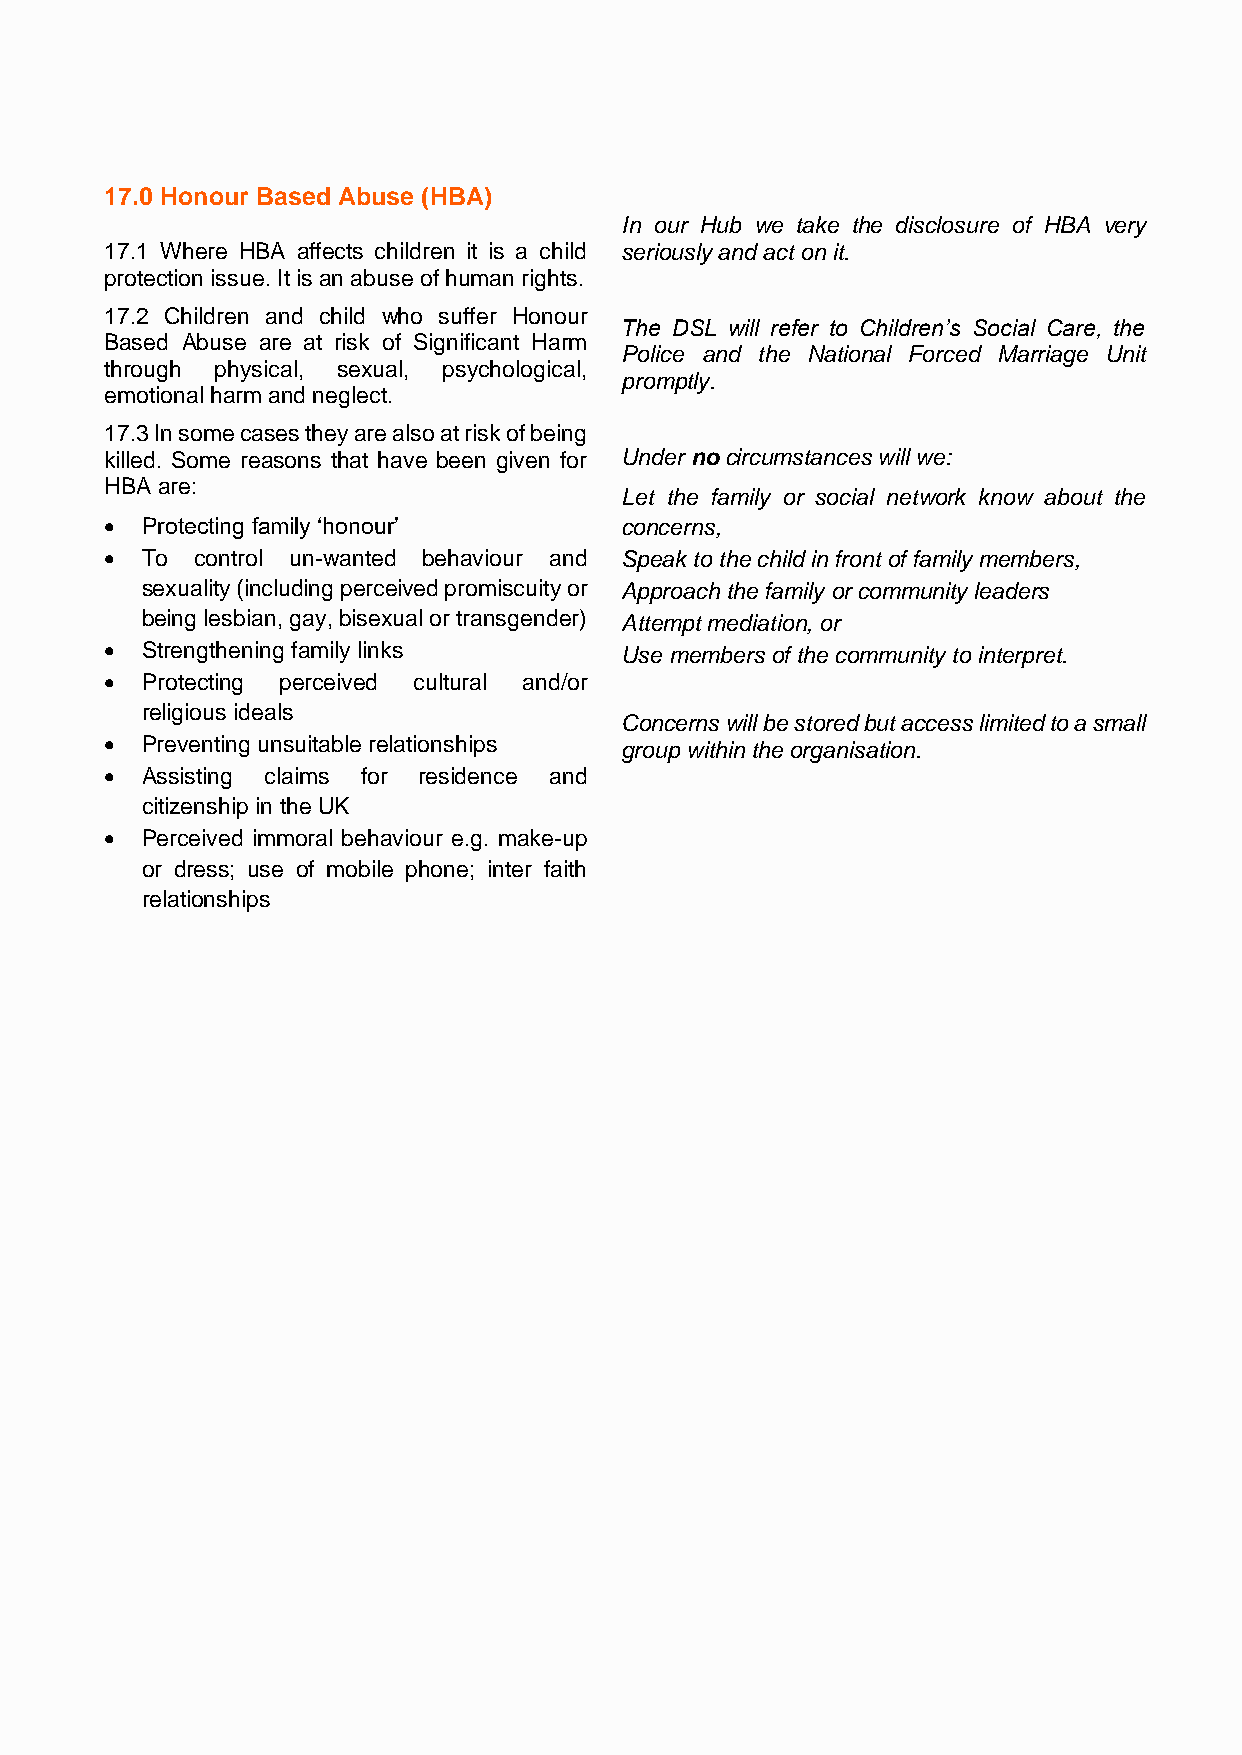
17.0 Honour Based Abuse (HBA)
 In our Hub we take the disclosure of HBA very
 17.1 Where HBA affects children it is a child seriously and act on it.
 protection issue. It is an abuse of human rights.
 17.2 Children and child who suffer Honour
 The DSL will refer to Children’s Social Care, the
 Based Abuse are at risk of Significant Harm
 Police and the National Forced Marriage Unit
 through physical, sexual, psychological,
 promptly.
 emotional harm and neglect.
 17.3 In some cases they are also at risk of being
 killed. Some reasons that have been given for Under no circumstances will we:
 HBA are:
 • Let the family or social network know about the
 • Protecting family ‘honour’      concerns,
 • To  control un-wanted behaviour and• Speak to the child in front of family members,
 sexuality (including perceived promiscuity or• Approach the family or community leaders
 being lesbian, gay, bisexual or transgender)• Attempt mediation, or
 • Strengthening family links    • Use members of the community to interpret.
 • Protecting perceived cultural and/or
 religious ideals
 Concerns will be stored but access limited to a small
 • Preventing unsuitable relationships group within the organisation.
 • Assisting claims for residence and
 citizenship in the UK
 • Perceived immoral behaviour e.g. make-up
 or dress; use of mobile phone; inter faith
 relationships